Vaccination in the Punjab 1905-1918 - 1905-1918
Year: 1905
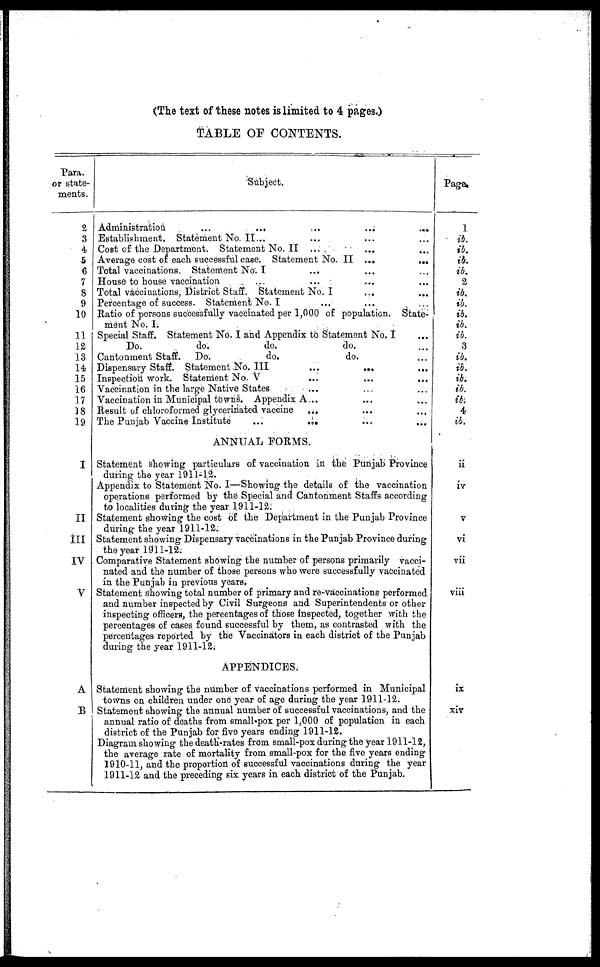
(The text of these notes is limited to 4 pages.)
TABLE OF CONTENTS.
Para.
or state-
ments.
2
3
4
5
6
7
8
9
10
11
12
13
14
15
16
17
18
19
I
II
III
IV
V
A
B
Subject.
Administration ... ... ... ... ...
Establishment. Statement No.II... ... ... ...
Cost of the Department. Statement No. II ... ... ...
Average cost of each successful case. Statement No. II ...
...
Total vaccinations. Statement No. I ... ... ...
House to house vaccination ... ... ... ...
Total vaccinations, District Staff. Statement No. I ... ...
Percentage of success. Statement No. I ... ... ...
Ratio of persons successfully vaccinated per 1,000 of population. State-
ment No. I.
Special Staff. Statement No. I and Appendix to Statement No, I ...
Do.
do.
do.
do. ...
Cantonment Staff. Do.
do.
do. ...
Dispensary Staff. Statement No. III
...
...
...
Inspection work. Statement No. V
...
...
...
Vaccination in the large Native States ... ... ...
Vaccination in Municipal towns. Appendix A... ... ...
Result of chloroformed glycerinated vaccine ... ... ...
The Punjab Vaccine Institute
...
...
ANNUAL FORMS.
Statement showing particulars of vaccination in the Punjab Province
during the year 1911-12.
Appendix to Statement No. I—Showing the details of the vaccination
operations performed by the Special and Cantonment Staffs according
to localities during the year 1911-12.
Statement showing the cost of the Department in the Punjab Province
during the year 1911-12.
Statement showing Dispensary vaccinations in the Punjab Province during
the year 1911-12.
Comparative Statement showing the number of persons primarily vacci-
nated and the number of those persons who were successfully vaccinated
in the Punjab in previous years.
Statement showing total number of primary and re-vaccinations performed
and number inspected by Civil Surgeons and Superintendents or other
inspecting officers, the percentages of those inspected, together with the
percentages of cases found successful by them, as contrasted with the
percentages reported by the Vaccinators in each district of the Punjab
during the year 1911-12.
APPENDICES.
Statement showing the number of vaccinations performed in Municipal
towns on children under one year of age during the year 1911-12.
Statement showing the annual number of successful vaccinations, and the
annual ratio of deaths from small-pox per 1,000 of population in each
district of the Punjab for five years ending 1911-12.
Diagram showing the death-rates from small-pox during the year 1911-12,
the average rate of mortality from small-pox for the five years ending
1910-11, and the proportion of successful vaccinations during the year
1911-12 and the preceding six years in each district of the Punjab.
Page.
1
ib.
ib.
ib.
ib.
2
ib.
ib.
ib.
ib.
ib.
3
ib.
ib.
ib.
ib.
ib.
4
ib.
ii
iv
v
vi
vii
viii
ix
xiv